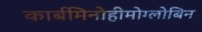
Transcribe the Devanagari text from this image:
कार्बमिनोहीमोग्लोबिन